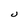
Character: J